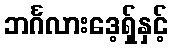
ဘင်္ဂလားဒေ့ရှ်နှင့်